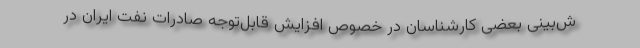
ش‌بینی بعضی کارشناسان در خصوص افزایش قابل‌توجه صادرات نفت ایران در